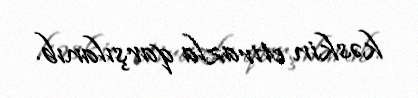
kəskin etirazla qarşılanıb.